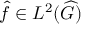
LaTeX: { \widehat { f } } \in L ^ { 2 } ( { \widehat { G } } )